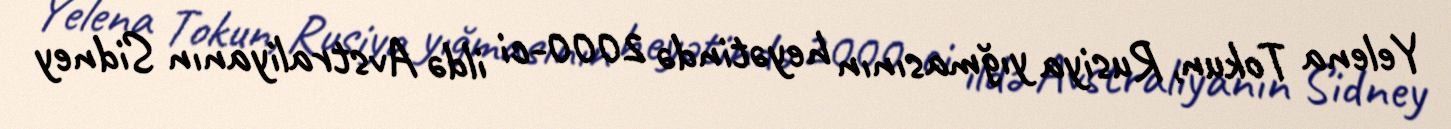
Yelena Tokun, Rusiya yığmasının heyətində 2000-ci ildə Avstraliyanın Sidney